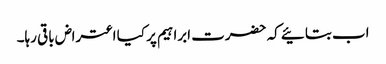
اب بتائیے کہ حضرت ابراہیم پر کیا اعتراض باقی رہا۔